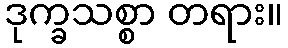
ဒုက္ခသစ္စာ တရား။